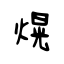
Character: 熀